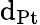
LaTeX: \mathrm{d}_{\mathrm{{{Pt}}}}